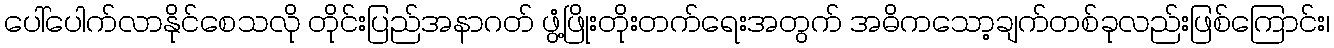
ပေါ်ပေါက်လာနိုင်စေသလို တိုင်းပြည်အနာဂတ် ဖွံ့ဖြိုးတိုးတက်ရေးအတွက် အဓိကသော့ချက်တစ်ခုလည်းဖြစ်ကြောင်း၊